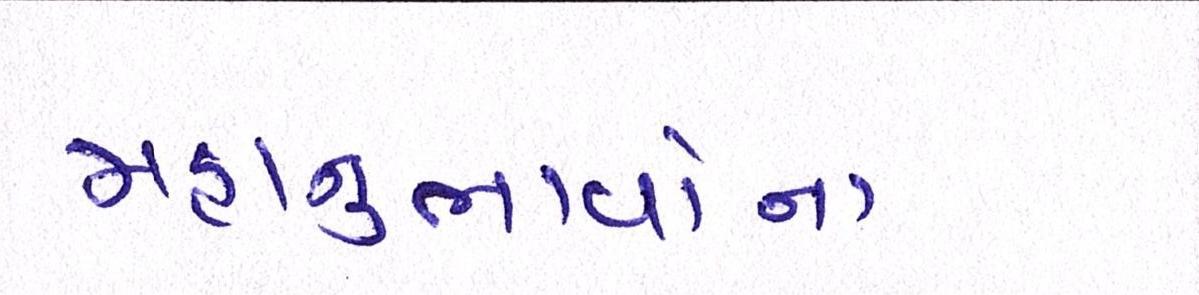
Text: મહાનુભાવોના